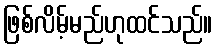
ဖြစ်လိမ့်မည်ဟုထင်သည်။